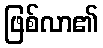
ဖြစ်လာ၏